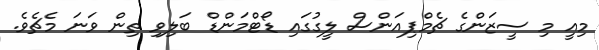
މިއީ މި ސީޒަންގެ ޗެމްޕިއަންސް ލީގުގައި ޑޯޓްމަންޑް ބަލިވި ތިން ވަނަ މެޗެވެ.